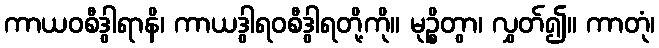
ကာယဝစီဒွါရာနိ၊ ကာယဒွါရဝစီဒွါရတို့ကို။ မုဉ္စိတွာ၊ လွှတ်၍။ ကာတုံ၊